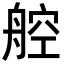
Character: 𬜖